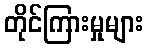
တိုင်ကြားမှုများ